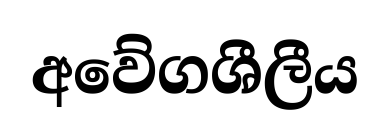
අවේගශීලීය